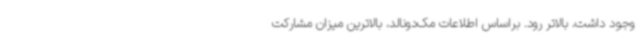
وجود داشت، بالاتر رود. براساس اطلاعات مک‌دونالد، بالاترین میزان مشارکت